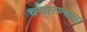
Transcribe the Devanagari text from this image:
चंपारण्याला